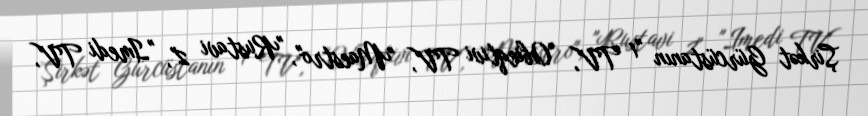
Şirkət Gürcüstanın "1 TV", "Obieqtivi TV", "Maestro", "Rustavi 2", "Imedi TV",